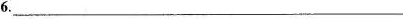
6.___________